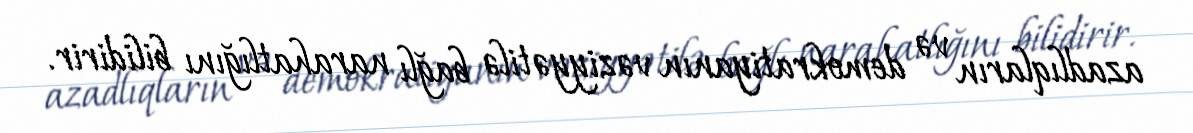
azadlıqların və demokratiyanın vəziyyətilə bağlı narahatlığını bilidirir.